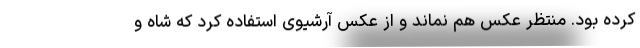
کرده بود. منتظر عکس هم نماند و از عکس آرشیوی استفاده کرد که شاه و